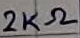
Text: 2KΩ